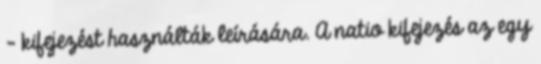
– kifejezést használták leírására. A natio kifejezés az egy